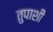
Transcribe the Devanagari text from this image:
तुपाशी